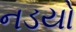
નડયો